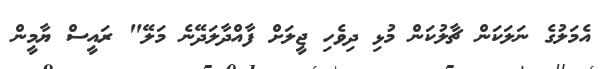
އެމަލުގެ ނަލަކަން ޗާލުކަން މުޅި ދިވެހި ޖީލަށް ފާއްދާލަދޭނެެ މަލޭ" ރައީސް ޔާމީން